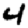
Digit: 4